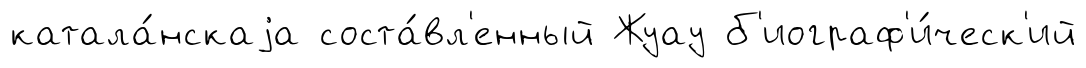
катала́нскаjа соста́вл'енный Жуау б'иограф'и́ческ'ий